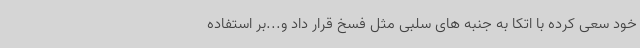
خود سعی کرده با اتکا به جنبه های سلبی مثل فسخ قرار داد و...بر استفاده